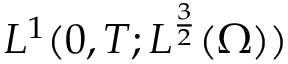
L ^ { 1 } ( 0 , T ; L ^ { \frac 3 2 } ( \Omega ) )